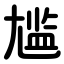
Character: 尴